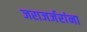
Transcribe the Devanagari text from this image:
जराजर्जरांना